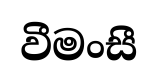
වීමංසී